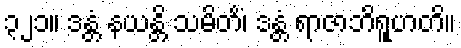
၃၂၁။ ဒန္တံ နယန္တိ သမိတိံ၊ ဒန္တံ ရာဇာဘိရူဟတိ။